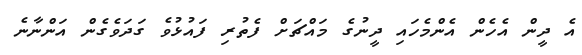
އެ ދީން އެހެން އެންމެހައި ދީނުގެ މައްޗަށް ފެތުރި ފައުޅުވެ ގަދަވެގެން އަންނާނެ